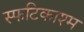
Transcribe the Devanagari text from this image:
स्फटिकाश्म